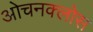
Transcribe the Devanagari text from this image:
ओचनक्लोस